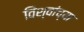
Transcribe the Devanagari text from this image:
विश्वांच्या